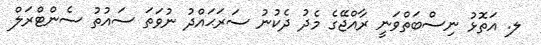
ލ. އަތޮޅު ނިސްބަތްވަނީ ރާއްޖޭގެ މެދު ދެކުނު ސަރަޙައްދު ނުވަތަ ސައުތު ސެންޓްރަލް